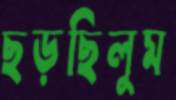
ছড়ছিলুম